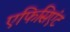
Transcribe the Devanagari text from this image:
एफिसिएंट